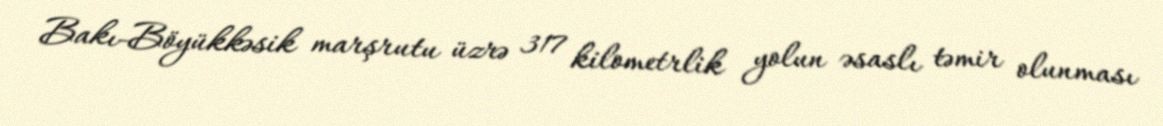
Bakı-Böyükkəsik marşrutu üzrə 317 kilometrlik yolun əsaslı təmir olunması